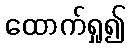
ထောက်ရှု၍